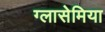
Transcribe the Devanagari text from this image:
ग्लासेमिया